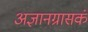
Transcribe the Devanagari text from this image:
अज्ञानग्रासकं